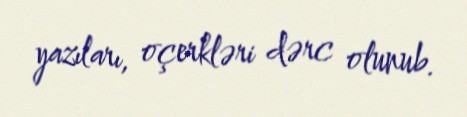
yazıları, oçerkləri dərc olunub.